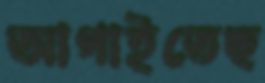
আগাইতেছ